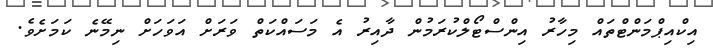
އިކްއިޕްމަންޓްތައް މިހާރު އިންސްޓޯލްކުރަމުން ދާއިރު އެ މަސައްކަތް ވަރަށް އަވަހަށް ނިމޭނެ ކަމަށެވެ.